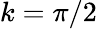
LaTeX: k=\pi/2